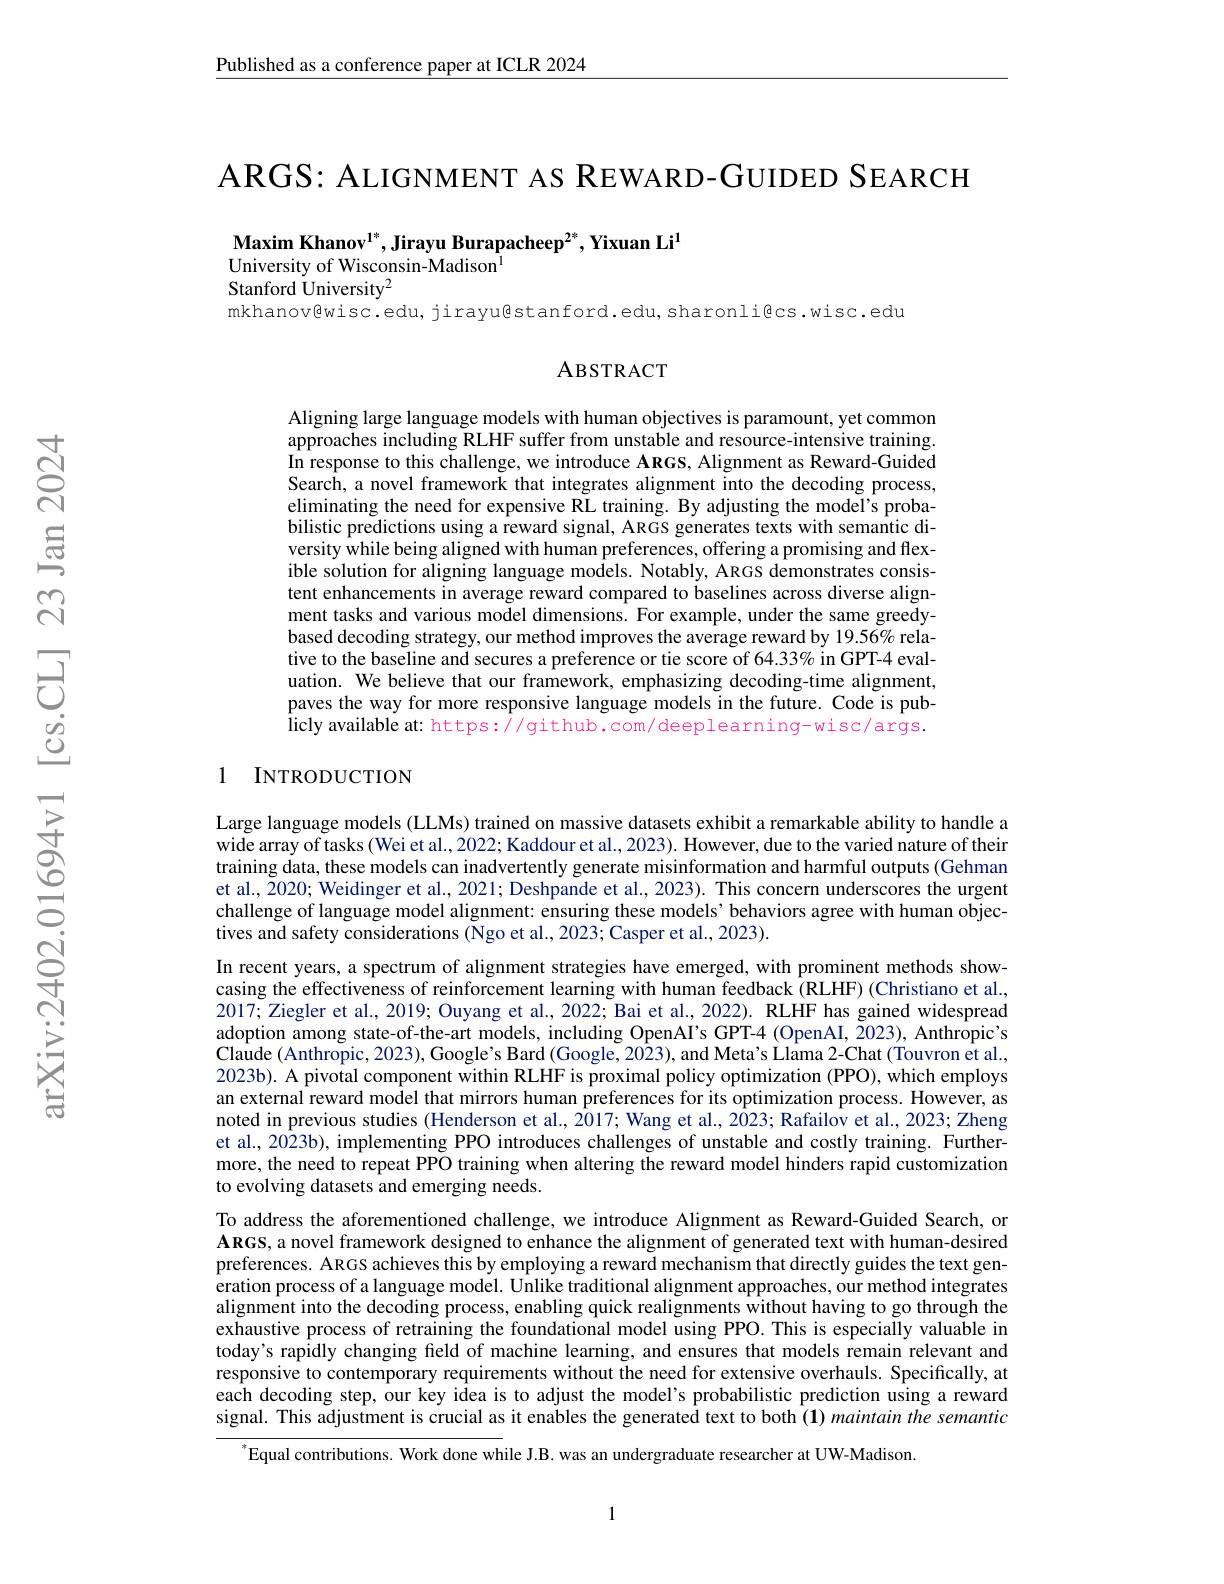
Published as a conference paper at ICLR 2024

ARGS: ALIGNMENT AS REWARD-GUIDED SEARCH

Maxim Khanov$^1*$,Jirayu Burapacheep$^2^*$,Yixuan Li$^1$
### University of Wisconsin-Madison$^{\mathrm{l}}$

Stanford University$^2$

mkhanov@wisc.edu, jirayußstanford.edu,sharonli@cs.wisc.edu

### ABSTRACT

Aligning large language models with human objectives is paramount, yet common approaches including RLHF suffer from unstable and resource-intensive training. In response to this challenge, we introduce ARGS, Alignment as Reward-Guided Search, a novel framework that integrates alignment into the decoding process, eliminating the need for expensive RL training. By adjusting the model's probabilistic predictions using a reward signal, ARGS generates texts with semantic diversity while being aligned with human preferences, offering a promising and flexible solution for aligning language models. Notably, ARGS demonstrates consistent enhancements in average reward compared to baselines across diverse alignment tasks and various model dimensions. For example, under the same greedybased decoding strategy, our method improves the average reward by 19.56% relative to the baseline and secures a preference or tie score of 64.33% in GPT-4 evaluation. We believe that our framework, emphasizing decoding-time alignment, paves the way for more responsive language models in the future. Code is pub- $\dot{\text{licly available at: https:}}\tilde{\text{//github.com/deeplearning-wisc/args.}}$

### 1 INTRODUCTION

Large language models (LLMs) trained on massive datasets exhibit a remarkable ability to handle a wide array of tasks (Wei et al., 2022; Kaddour et al., 2023). However, due to the varied nature of their training data, these models can inadvertently generate misinformation and harmful outputs (Gehman et al., 2020; Weidinger et al., 2021; Deshpande et al., 2023). This concern underscores the urgent challenge of language model alignment: ensuring these models’behaviors agree with human objectives and safety considerations (Ngo et al., 2023; Casper et al., 2023).
In recent years, a spectrum of alignment strategies have emerged, with prominent methods showcasing the effectiveness of reinforcement learning with human feedback (RLHF) (Christiano et al., 2017; Ziegler et al., 2019; Ouyang et al., 2022; Bai et al., 2022). RLHF has gained widespread adoption among state-of-the-art models, including OpenAI's GPT-4 (OpenAI, 2023), Anthropic's $\tilde{\text{Claude }(\text{Anthropic, 2023), Google's Bard }(\text{Google, 2023), and Meta's Llama 2-Chat (Touvron et al.,})}$ 2023b). A pivotal component within RLHF is proximal policy optimization (PPO), which employs an external reward model that mirrors human preferences for its optimization process. However, as noted in previous studies (Henderson et al., 2017; Wang et al., 2023; Rafailov et al., 2023; Zheng et al., 2023b), implementing PPO introduces challenges of unstable and costly training. Furthermore, the need to repeat PPO training when altering the reward model hinders rapid customization to evolving datasets and emerging needs.
To address the aforementioned challenge, we introduce Alignment as Reward-Guided Search, or $\mathbf{ARGS,a~novel~framework~designed~to~enhance~the~alignment~of~generated~text~with~human-desired}$ preferences. ARGS achieves this by employing a reward mechanism that directly guides the text generation process of a language model. Unlike traditional alignment approaches, our method integrates alignment into the decoding process, enabling quick realignments without having to go through the exhaustive process of retraining the foundational model using PPO. This is especially valuable in today's rapidly changing field of machine learning, and ensures that models remain relevant and responsive to contemporary requirements without the need for extensive overhauls. Specifically, at each decoding step, our key idea is to adjust the model's probabilistic prediction using a reward signal. This adjustment is crucial as it enables the generated text to both (1) maintain the semantic
$^*$Equal contributions. Work done while J.B. was an undergraduate researcher at UW-Madison.

1